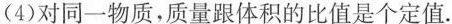
(4)对同一物质，质量跟体积的比值是个定值.